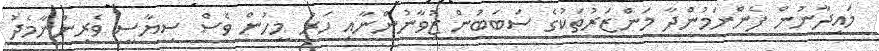
މައިދާނުން ފެންނަމުންދާ މަންޒަރުތަކުގެ ސަބަބުން ޒުވާނުންނާއި ހަރު މީހުން ވެސް ސިޔާސީ ވެރިންނާމެދު